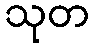
သုတ